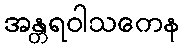
အန္တရဝါသကေန